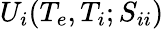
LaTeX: U_{i}(T_{e},T_{i};S_{ii})